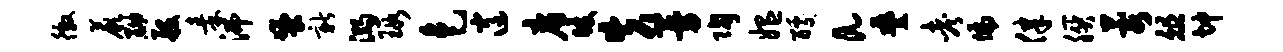
徼蕨黝般秦沸蚤新溺瑕色逍廉暖失曼陶媪醵a叠考偏律朕蓉俎坤